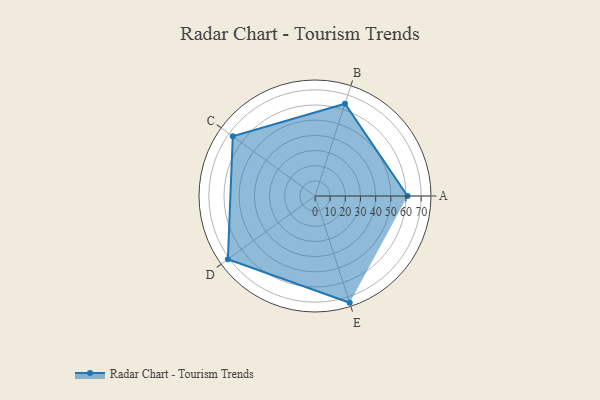
{"axis": {"x": "Skill", "y": "Score"}, "legend": ["Profile"], "data": [{"x": "A", "y": 61.0, "type": "Profile"}, {"x": "B", "y": 64.0, "type": "Profile"}, {"x": "C", "y": 67.0, "type": "Profile"}, {"x": "D", "y": 71.0, "type": "Profile"}, {"x": "E", "y": 74.0, "type": "Profile"}]}